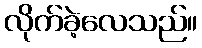
လိုက်ခဲ့လေသည်။